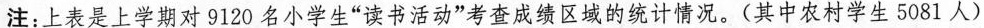
注：上表是上学期对 9120 名小学生“读书活动”考查成绩区域的统计情况。(其中农村学生 5081 人)